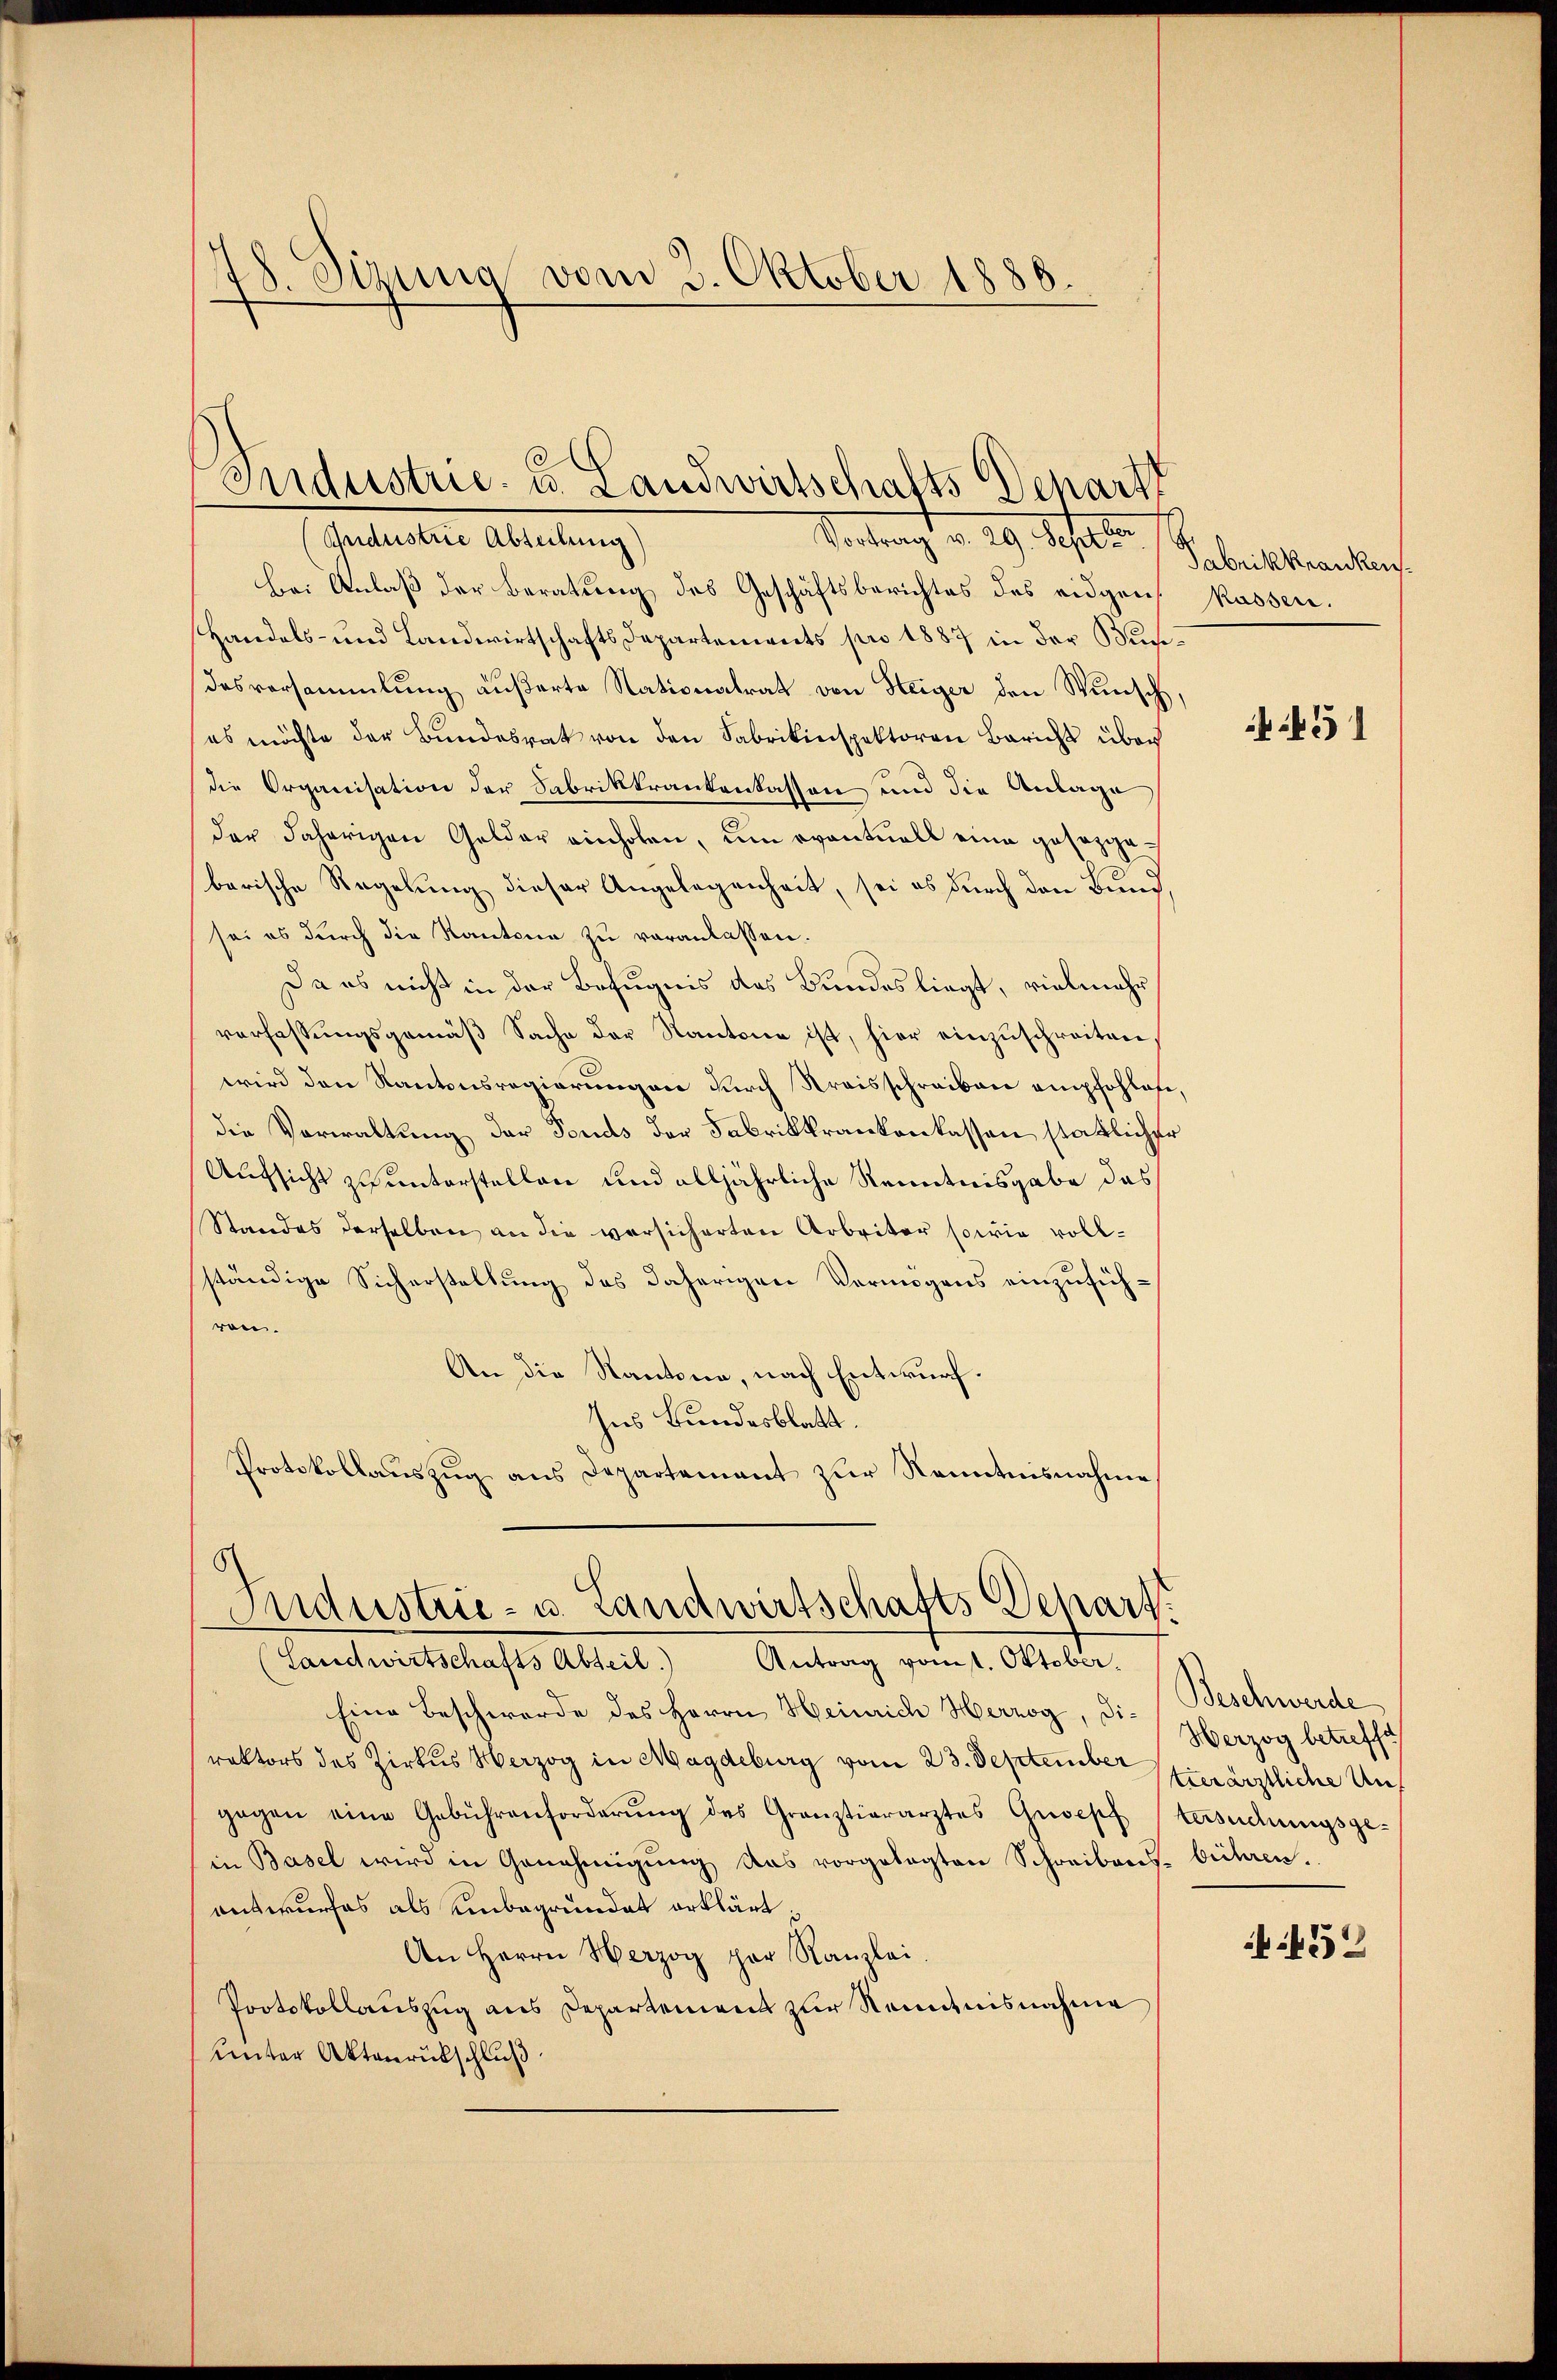
8. Sizung vom 3. Oktober 1886.

Andustrie Abteilung)
Vertrag v. 29. Schatte
bei Anlaß der Beratung des Geschäftsberichtes des eidgen
Handels- und Landwirtschafts Departements pro 1887 in der Bundesversammlung äußerte Nationalrat von Steiger den Wunsch,
es möchte der Bŭndesrat von den Fabrikinspektoren Bericht über
die Organisation der Sabrikkrankenlassen und die Anlage
der daherigen Gelder einholen, um eventuell eine gesezgebarische Regelung dieser Angelegenheit, sei es durch den Bund
sei es durch die Kantone zu veranlassen.
Da es nicht in der Befugnis das Bundes liegt, vielmehr
verfassungsgemäß Sache der Kantone ist, hier einzuschreiten,
wird den Kantonsregierungen durch Kreisschreiben empfohlese,
die Verwaltung der Fonds der Fabrikkrankenlassen stattlicher
Aufsicht zu unterstellen und alljährliche Kenntnisgabe das
Standes derselben an die versicherten Arbeiter sowie vollständige Sicherstellung des daherigen Vermögens einzuführen.
An die Kantone, nach Entwurf.
Ins Bundesblatt.
Protokollaŭszŭg ans Departement zŭr Kenntnisnahme
Industrie- u. Landwirtschafts Depart.
(Landwirtschafts Abteil.) Antrag vom 1. Oktober.
Eine Beschwerde des Herrn Heinrich Herzog, die Beschwerde
rektors des Zirkus Herzog in Magdeburg vom 23. September hierärztliche Ungegen eine Gebührenforderŭng des Gränztierarztes Groepfersuchungsge-
in Basel wird in Genehmigung das vorgelegten Schreibens- bühren.
entwurfes als einbegründet erklärt:
An Herrn Herzog par Kanzlei.
Protokollauszug aus Departement zur Kenntnisnahme
unter Aktenrückschluß

Industrie. C. Landwirtschafts Denarzt

Fabrikkrankens.
küssen.
451

Herzog betreffe

452